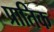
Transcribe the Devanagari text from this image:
प्रातिक